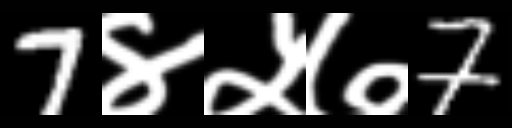
Text: 7४५७7